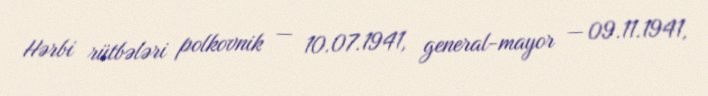
Hərbi rütbələri polkovnik — 10.07.1941, general-mayor — 09.11.1941,